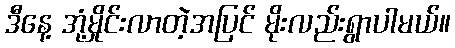
ဒီနေ့ အုံ့မှိုင်းလာတဲ့အပြင် မိုးလည်းရွာပါမယ်။